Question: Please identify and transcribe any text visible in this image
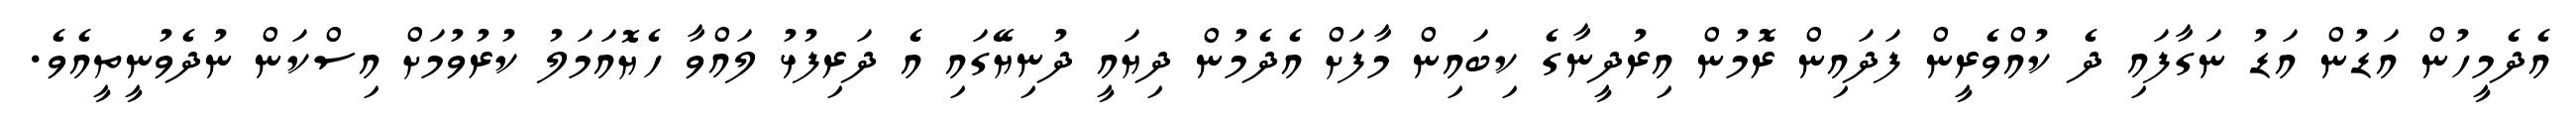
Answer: އެދެމީހުން އަޑުން އަޑު ނަގާފައި ދެ ކުއްވެރީން ފަދައިން ރޮމުން އިރުދީނާގެ ކިބައިން މާފަށް އެދެމުން ދިޔައީ ދުނިޔޭގައި އެ ދަރިފުޅު ލައްވާ ހެޔޮއަމަލު ކުރުވުމަށް އިސްކަން ނުދެވުނީތީއެވެ.